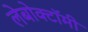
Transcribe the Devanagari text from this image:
लेबोक्टॉमी